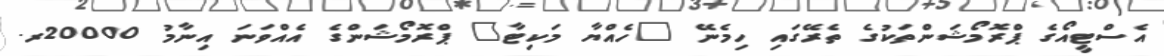
އެސްޓީއޯގެ ޕްރޮމޯޝަންތަކުގެ ތެރޭގައި ހިމެނޭ "ހެއްޔާ މަކިޓާ" ޕްރޮމޯޝަންގެ އެއްވަނަ އިނާމު 20000ރ.